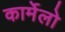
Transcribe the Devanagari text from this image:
कार्मेलो